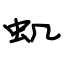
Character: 虮